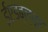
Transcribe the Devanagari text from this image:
ईएडब्ल्यूए